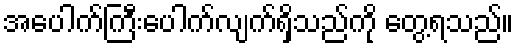
အပေါက်ကြီးပေါက်လျက်ရှိသည်ကို တွေ့ရသည်။